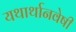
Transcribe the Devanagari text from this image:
यथार्थानवेषी